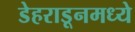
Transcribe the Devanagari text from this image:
डेहराडूनमध्ये